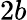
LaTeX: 2b